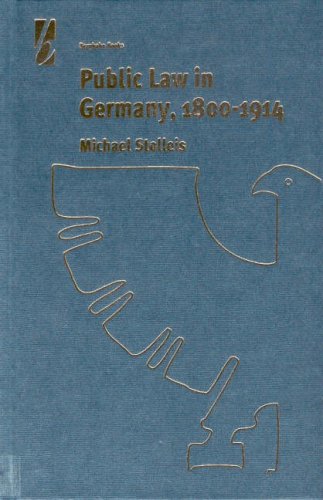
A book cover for Public Law in Germany, 1800-1914; Michael Stolleis; Law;